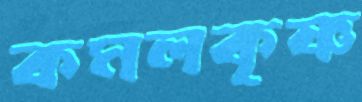
কমলকৃষ্ণ